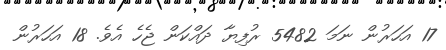
17 އަހަރުން ނަމަ 5482 ރުފިޔާ ދައްކަން ޖެހެ އެވެ. 18 އަހަރުން